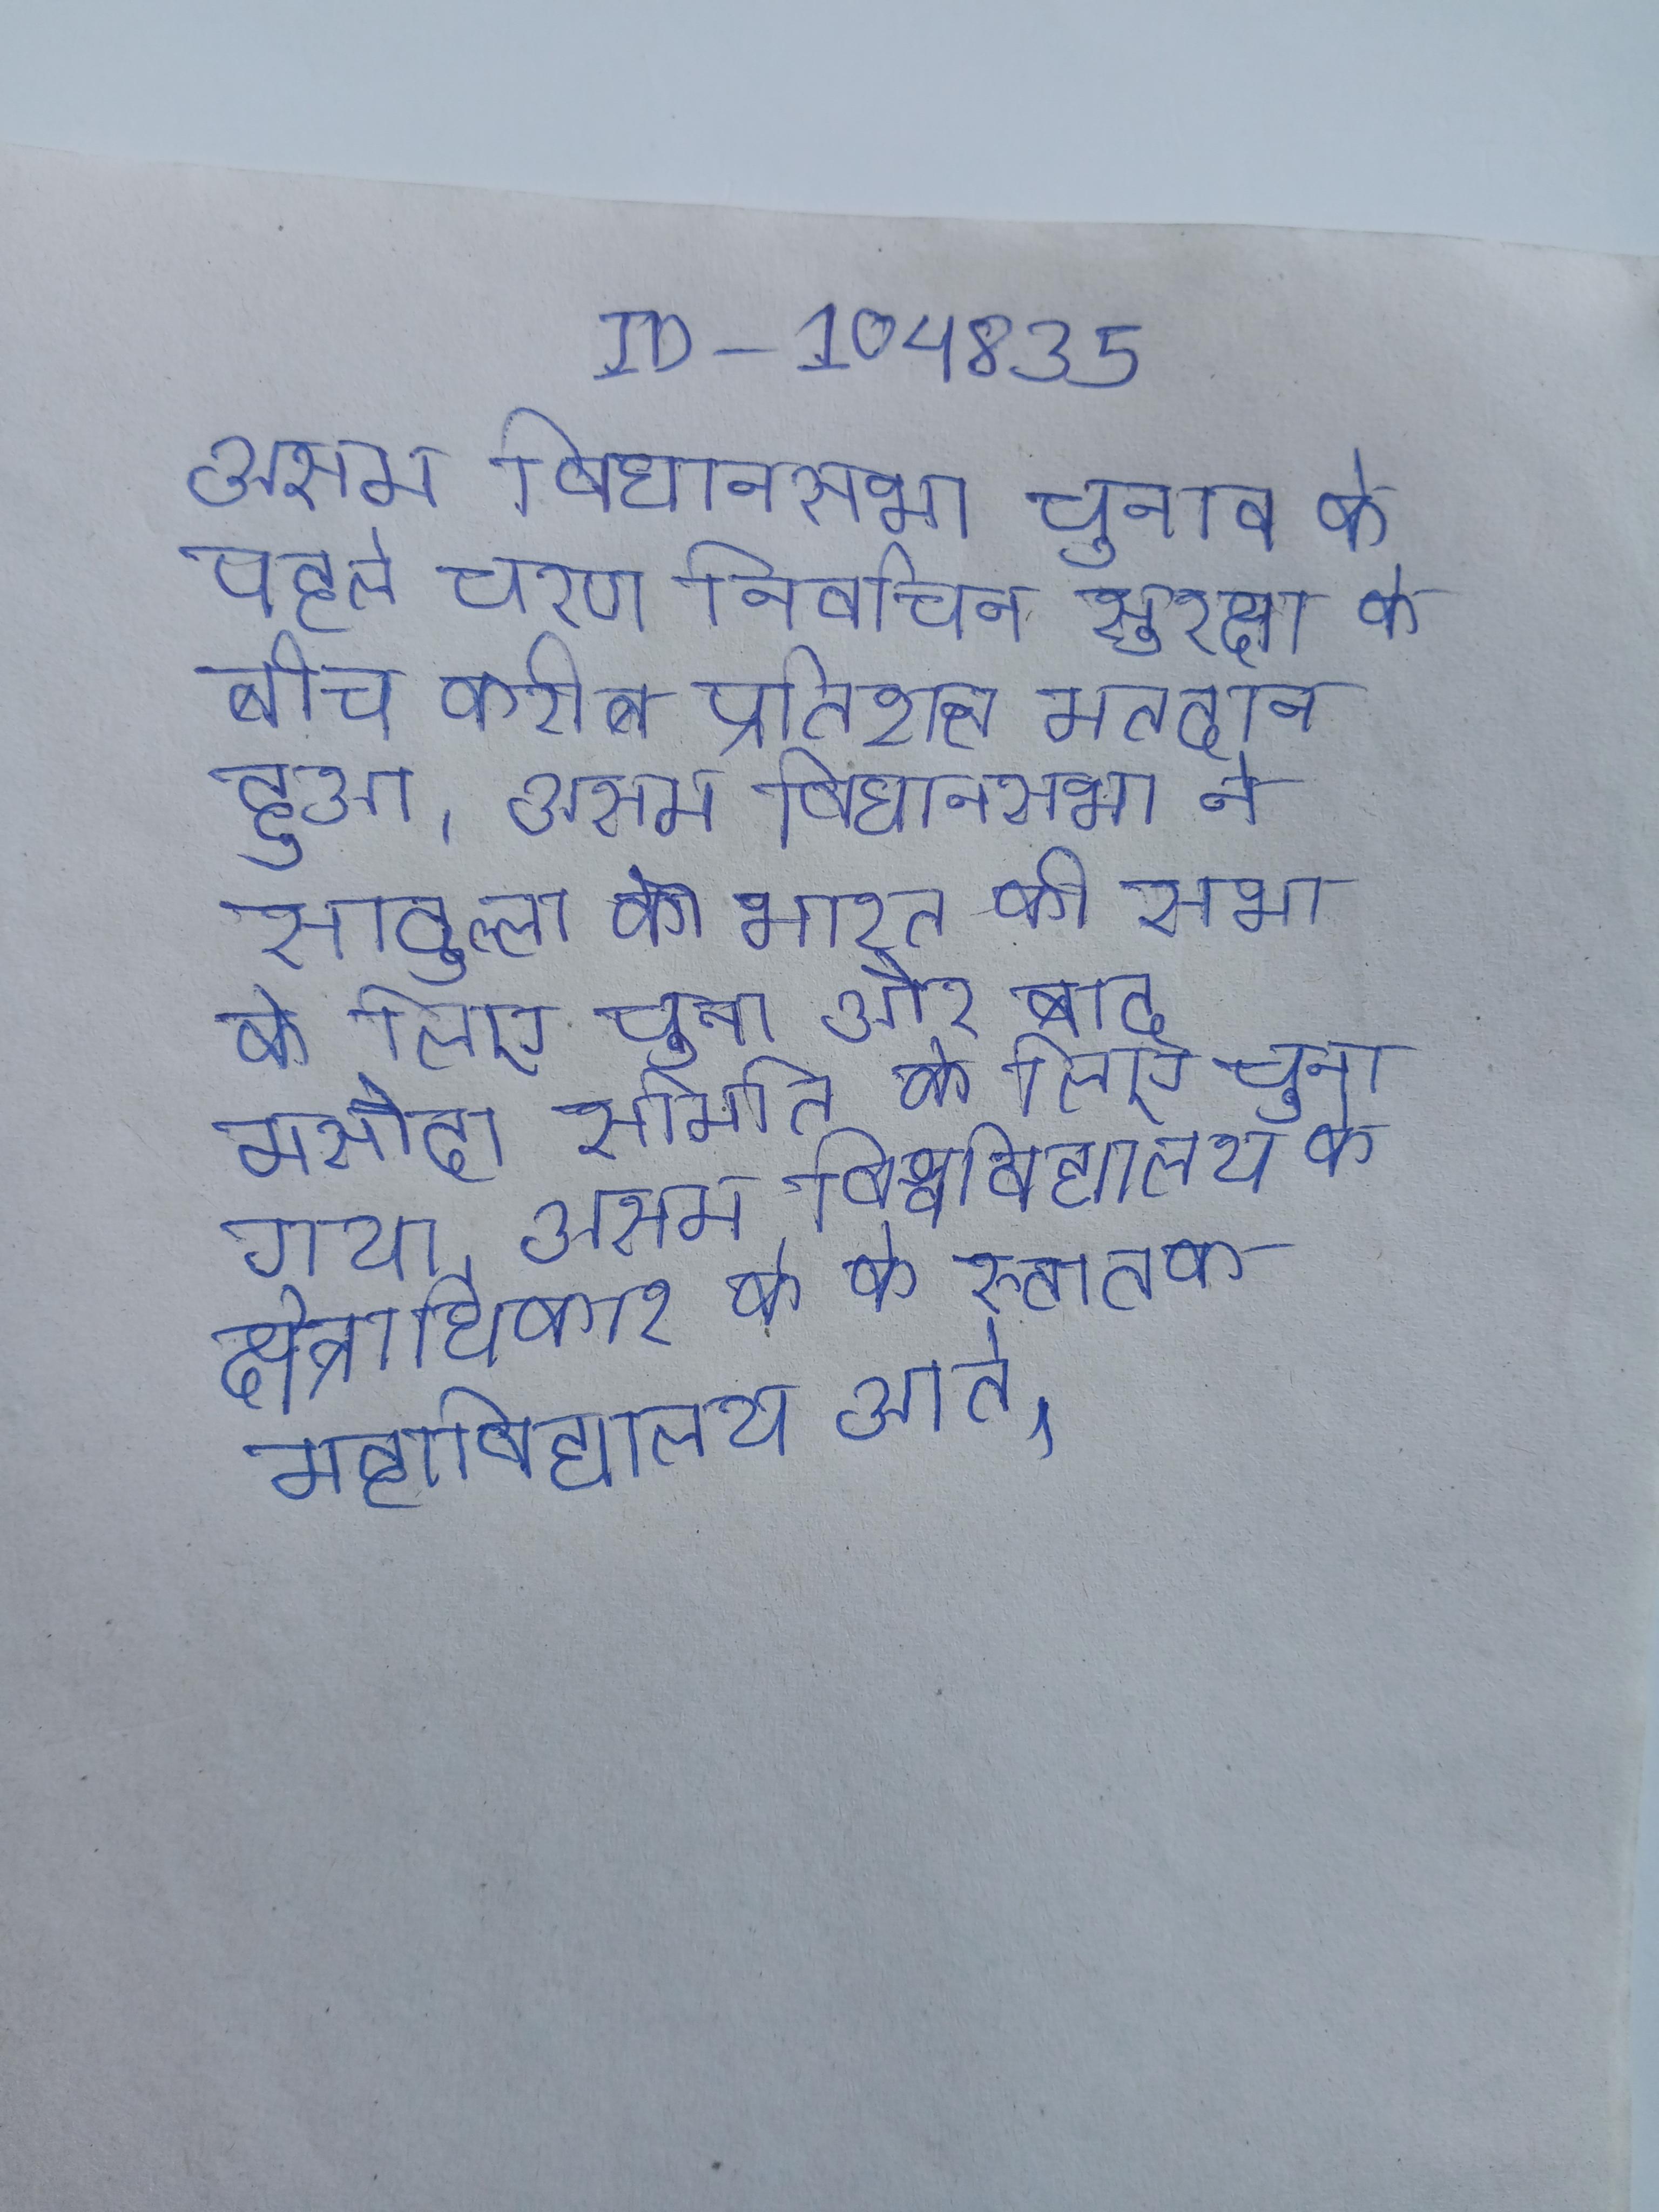
असम विधानसभा चुनाव के पहले चरण निर्वाचन सुरक्षा के बीच करीब प्रतिशत मतदान हुआ । असम विधानसभा ने सादुल्ला को भारत की सभा के लिए चुना और बाद मसौदा समिति के लिए चुना गया । असम विश्वविद्यालय के क्षेत्राधिकार के के स्नातक महाविद्यालय आते ।